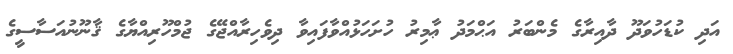
އަދި ކުޑަހުވަދޫ ދާއިރާގެ މެންބަރު އަޙްމަދު ޢާމިރު ހުށަހަޅުއްވާފައިވާ ދިވެހިރާއްޖޭގެ ޖުމްހޫރިއްޔާގެ ޤާނޫނުއަސާސީގެ